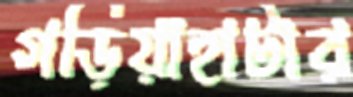
গড়িয়াহাটার